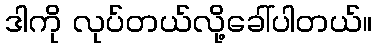
ဒါကို လုပ်တယ်လို့ခေါ်ပါတယ်။